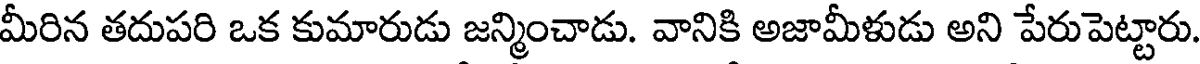
మీరిన తదుపరి ఒక కుమారుడు జన్మించాడు. వానికి అజామీళుడు అని పేరుపెట్టారు.